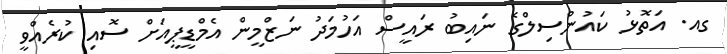
ގއ. އަތޮޅު ކައުންސިލްގެ ނައިބު ރައީސް އަހުމަދު ނަޒްމީން އެމްޑީޕީއަށް ސޮއި ކުރެއްވީ